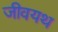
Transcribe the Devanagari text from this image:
जीवयथ